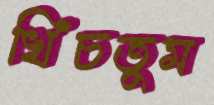
খিঁচতুম